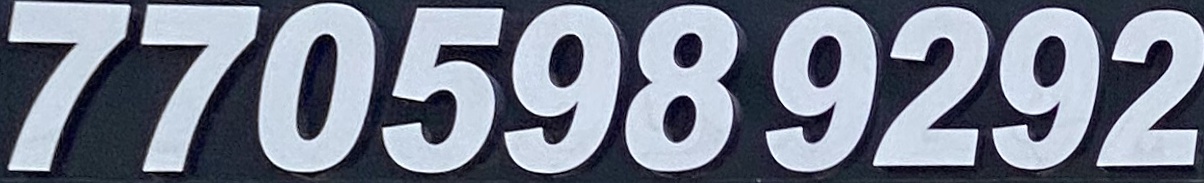
770598 9292